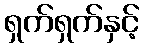
ရှက်ရှက်နှင့်